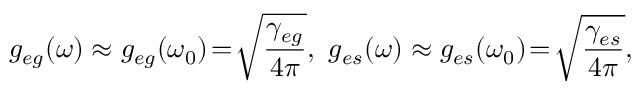
g _ { e g } ( \omega ) \approx g _ { e g } ( \omega _ { 0 } ) \! = \! \sqrt { \frac { \gamma _ { e g } } { 4 \pi } } , \ g _ { e s } ( \omega ) \approx g _ { e s } ( \omega _ { 0 } ) \! = \! \sqrt { \frac { \gamma _ { e s } } { 4 \pi } } ,